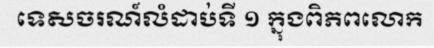
ទេសចរណ៍លំដាប់ទី ១ ក្នុងពិភពលោក